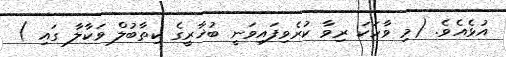
އުޅެއެވެ. (މި ވާހަކަ ރިވާ ކުރެވިފައިވަނީ ބުޚާރީގެ ކިތާބުލް ވަކާލާ ގައި )